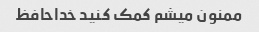
ممنون میشم کمک کنید خداحافظ